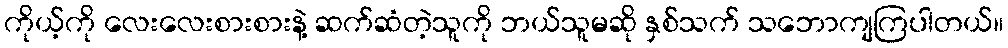
ကိုယ့်ကို လေးလေးစားစားနဲ့ ဆက်ဆံတဲ့သူကို ဘယ်သူမဆို နှစ်သက် သဘောကျကြပါတယ်။